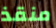
منقذ